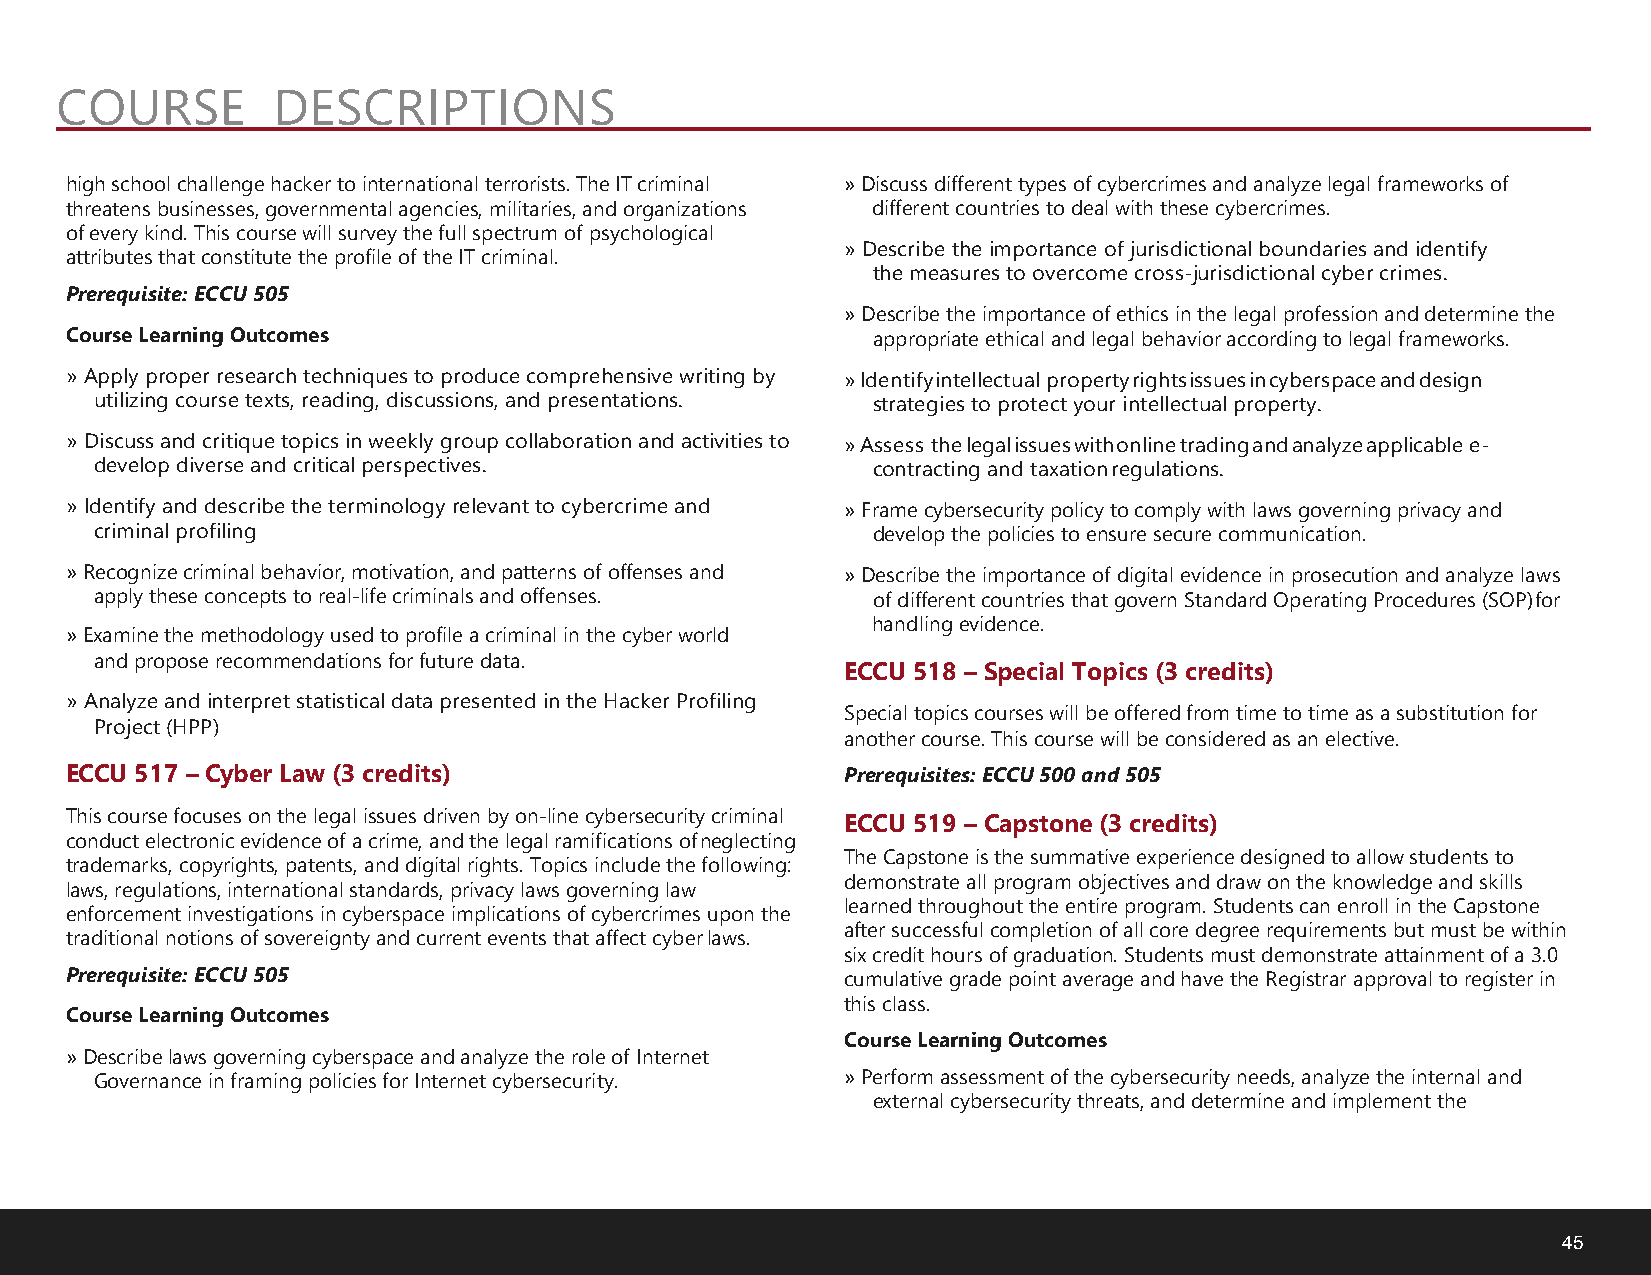
COURSE        DESCRIPTIONS
 high school challenge hacker to international terrorists. The IT criminal »Discuss different types of cybercrimes and analyze legal frameworks of
 threatens businesses, governmental agencies, militaries, and organizations different countries to deal with these cybercrimes.
 of every kind. This course will survey the full spectrum of psychological
 »Describe the importance of jurisdictional boundaries and identify
 attributes that constitute the profile of the IT criminal.
 the measures to overcome cross-jurisdictional cyber crimes.
 Prerequisite: ECCU 505
 »Describe the importance of ethics in the legal profession and determine the
 Course Learning Outcomes                              appropriate ethical and legal behavior according to legal frameworks.
 »Apply proper research techniques to produce comprehensive writing by »Identify intellectual property rights issues in cyberspace and design
 utilizing course texts, reading, discussions, and presentations. strategies to protect your intellectual property.
 »Discuss and critique topics in weekly group collaboration and activities to »Assess the legal issues with online trading and analyze applicable e-
 develop diverse and critical perspectives.          contracting and taxation regulations.
 »Identify and describe the terminology relevant to cybercrime and »Frame cybersecurity policy to comply with laws governing privacy and
 criminal profiling                                  develop the policies to ensure secure communication.
 »Recognize criminal behavior, motivation, and patterns of offenses and »Describe the importance of digital evidence in prosecution and analyze laws
 apply these concepts to real-life criminals and offenses. of different countries that govern Standard Operating Procedures (SOP) for
 handling evidence.
 »Examine the methodology used to profile a criminal in the cyber world
 and propose recommendations for future data.
 ECCU 518 – Special Topics (3 credits)
 »Analyze and interpret statistical data presented in the Hacker Profiling
 Special topics courses will be offered from time to time as a substitution for
 Project (HPP)
 another course. This course will be considered as an elective.
 ECCU 517 – Cyber Law (3 credits)                    Prerequisites: ECCU 500 and 505
 This course focuses on the legal issues driven by on-line cybersecurity criminal
 ECCU 519 – Capstone (3 credits)
 conduct electronic evidence of a crime, and the legal ramifications of neglecting
 The Capstone is the summative experience designed to allow students to
 trademarks, copyrights, patents, and digital rights. Topics include the following:
 demonstrate all program objectives and draw on the knowledge and skills
 laws, regulations, international standards, privacy laws governing law
 learned throughout the entire program. Students can enroll in the Capstone
 enforcement investigations in cyberspace implications of cybercrimes upon the
 after successful completion of all core degree requirements but must be within
 traditional notions of sovereignty and current events that affect cyber laws.
 six credit hours of graduation. Students must demonstrate attainment of a 3.0
 Prerequisite: ECCU 505
 cumulative grade point average and have the Registrar approval to register in
 this class.
 Course Learning Outcomes
 Course Learning Outcomes
 »Describe laws governing cyberspace and analyze the role of Internet
 Governance in framing policies for Internet cybersecurity. »Perform assessment of the cybersecurity needs, analyze the internal and
 external cybersecurity threats, and determine and implement the
 45